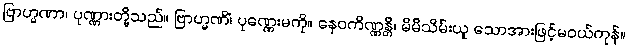
ဗြာဟ္မဏာ၊ ပုဏ္ဏားတို့သည်။ ဗြာဟ္မဏိံ၊ ပုဏ္ဏေးမကို။ နေဝကိဏ္ဏန္တိ၊ မိမိသိမ်းယူ သောအားဖြင့်မဝယ်ကုန်။